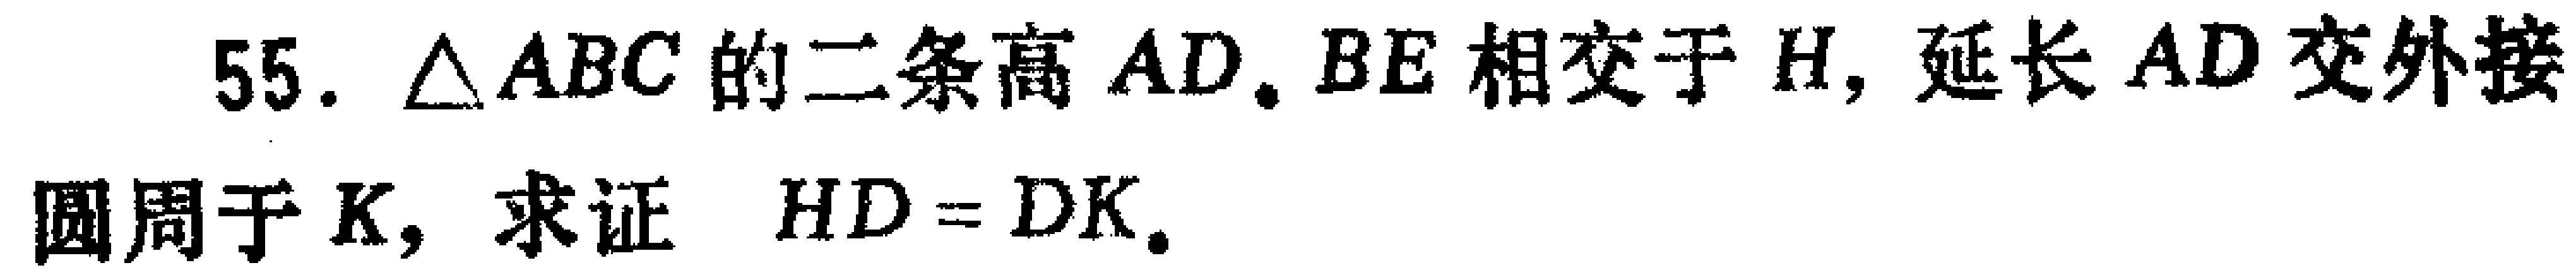
55. $\triangle ABC$的二条高$AD$. $BE$相交于$H$, 延长$AD$交外接圆周于$K$, 求证$HD = DK$.